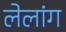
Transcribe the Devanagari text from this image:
लेलांग